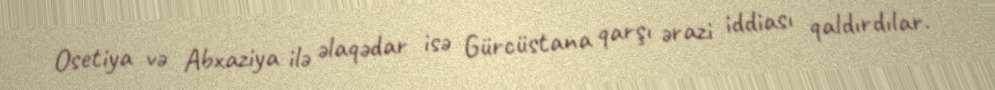
Osetiya və Abxaziya ilə əlaqədar isə Gürcüstana qarşı ərazi iddiası qaldırdılar.